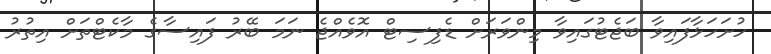
ހުށަހަޅާފައިވާ ބަޖެޓުގައިވާ މިންވަރަށް ޑެފިސިޓް އޮވެއްޖެ ނަމަ ބޭރު ފައިސާގެ މާކެޓްތަށް އިތުރު